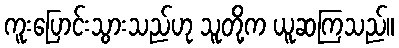
ကူးပြောင်းသွားသည်ဟု သူတို့က ယူဆကြသည်။